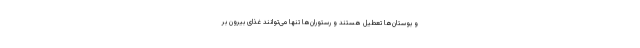
و بوستان‌ها تعطیل هستند و رستوران‌ها تنها می‌توانند غذای بیرون بر